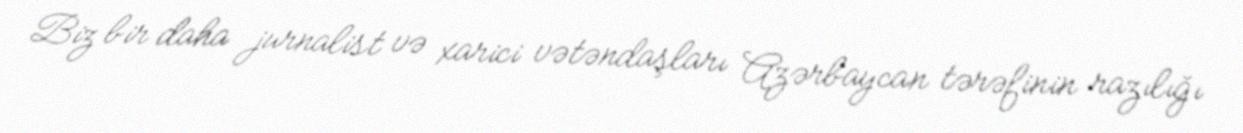
Biz bir daha jurnalist və xarici vətəndaşları Azərbaycan tərəfinin razılığı